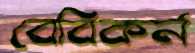
বেবিকর্ন